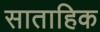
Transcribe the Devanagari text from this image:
साताहिक